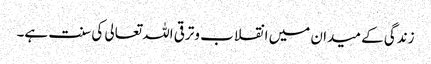
زندگی کے میدان میں انقلاب وترقی اللہ تعالی کی سنت ہے۔